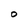
Character: 0